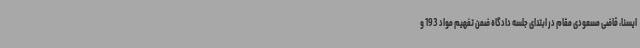
ایسنا، قاضی مسعودی مقام در ابتدای جلسه دادگاه ضمن تفهیم مواد 193 و